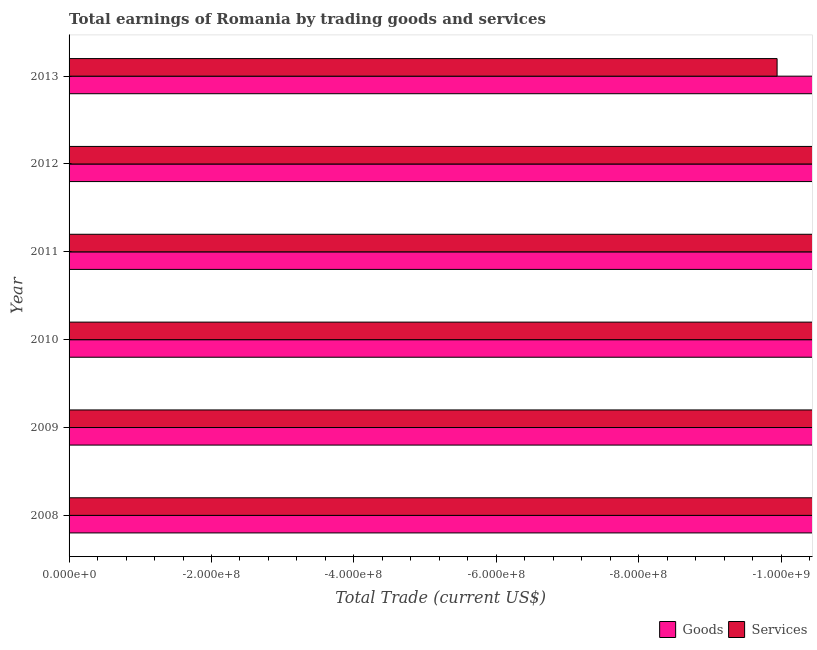
| Year | Goods | Services |
 | --- | --- | --- |
 | 2008 | -3.19e+10 | -2.72e+10 |
 | 2009 | -1.2e+10 | -1e+10 |
 | 2010 | -1.19e+10 | -9.49e+09 |
 | 2011 | -1.25e+10 | -9.88e+09 |
 | 2012 | -1.15e+10 | -8.04e+09 |
 | 2013 | -7.24e+09 | -9.94e+08 |